Report on vaccination in Madras 1877-1894 - 1877-1894
Year: 1877
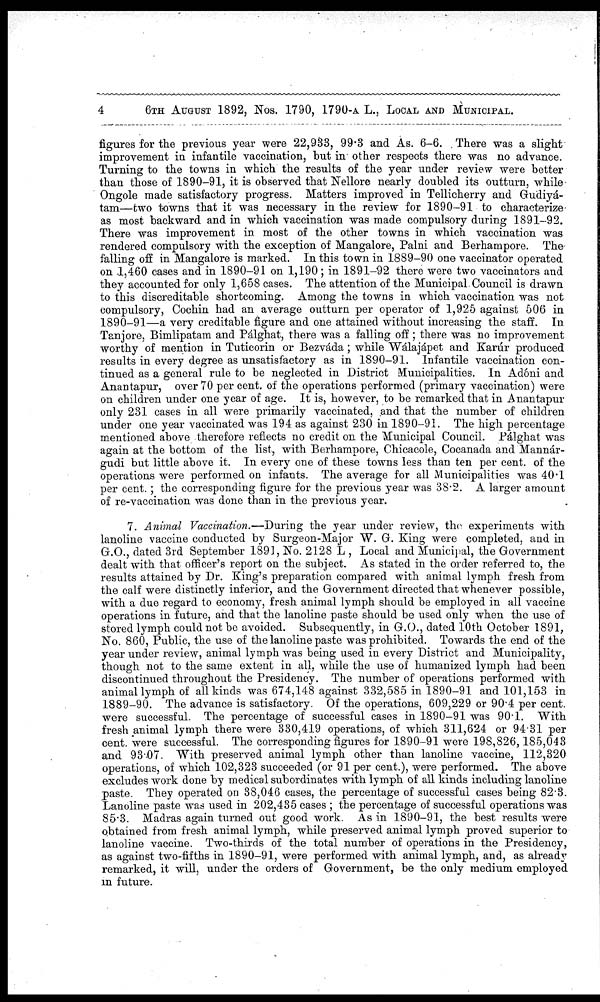
4
6TH AUGUST 1892, Nos. 1790, 1790-A L., LOCAL AND MUNICIPAL.
figures for the previous year were 22,933, 99.3 and As. 6-6. There was a slight
improvement in infantile vaccination, but in other respects there was no advance.
Turning to the towns in which the results of the year under review were better
than those of 1890-91, it is observed that Nellore nearly doubled its outturn, while
Ongole made satisfactory progress. Matters improved in Tellicherry and Gudiyá-
tam—two towns that it was necessary in the review for 1890-91 to characterize
as most backward and in which vaccination was made compulsory during 1891-92.
There was improvement in most of the other towns in which vaccination was
rendered compulsory with the exception of Mangalore, Palni and Berhampore. The
falling off in Mangalore is marked. In this town in 1889-90 one vaccinator operated
on 1,460 cases and in 1890-91 on 1,190; in 1891-92 there were two vaccinators and
they accounted for only 1,658 cases. The attention of the Municipal Council is drawn
to this discreditable shortcoming. Among the towns in which vaccination was not
compulsory, Cochin had an average outturn per operator of 1,925 against 506 in
1890-91—a very creditable figure and one attained without increasing the staff. In
Tanjore, Bimlipatam and Pálghat, there was a falling off ; there was no improvement
worthy of mention in Tuticorin or Bezváda; while Wálajápet and Kanúr produced
results in every degree as unsatisfactory as in 1890-91. Infantile vaccination con-
tinued as a general rule to be neglected in District Municipalities. In Adóni and
Anantapur, over 70 per cent. of the operations performed (primary vaccination) were
on children under one year of age. It is, however, to be remarked that in Anantapur
only 231 cases in all were primarily vaccinated, and that the number of children
under one year vaccinated was 194 as against 230 in 1890-91. The high percentage
mentioned above therefore reflects no credit on the Municipal Council. Pálghat was
again at the bottom of the list, with Berhampore, Chicacole, Cocanada and Mannár-
gudi but little above it. In every one of these towns less than ten per cent. of the
operations were performed on infants. The average for all Municipalities was 40.1
per cent.; the corresponding figure for the previous year was 38.2. A larger amount
of re-vaccination was done than in the previous year.
7. Animal Vaccination.—During the year under review, the experiments with
lanoline vaccine conducted by Surgeon-Major W. G. King were completed, and in
G.O., dated 3rd September 1891, No. 2128 L , Local and Municipal, the Government
dealt with that officer's report on the subject. As stated in the order referred to, the
results attained by Dr. King's preparation compared with animal lymph fresh from
the calf were distinctly inferior, and the Government directed that whenever possible,
with a due regard to economy, fresh animal lymph should be employed in all vaccine
operations in future, and that the lanoline paste should be used only when the use of
stored lymph could not be avoided. Subsequently, in G.O., dated 10th October 1891,
No. 860, Public, the use of the lanoline paste was prohibited. Towards the end of the
year under review, animal lymph was being used in every District and Municipality,
though not to the same extent in all, while the use of humanized lymph had been
discontinued throughout the Presidency. The number of operations performed with
animal lymph of all kinds was 674,148 against 332,585 in 1890-91 and 101,153 in
1889-90. The advance is satisfactory. Of the operations, 609,229 or 90.4 per cent.
were successful. The percentage of successful cases in 1890-91 was 90.1. With
fresh animal lymph there were 330,419 operations, of which 311,624 or 94.31 per
cent. were successful. The corresponding figures for 1890-91 were 198,826,185,043
and 93.07. With preserved animal lymph other than lanoline vaccine, 112,320
operations, of which 102,323 succeeded (or 91 per cent.), were performed. The above
excludes work done by medical subordinates with lymph of all kinds including lanoline
paste. They operated on 38,046 cases, the percentage of successful cases being 82.3.
Lanoline paste was used in 202,435 cases ; the percentage of successful operations was
85.3. Madras again turned out good work. As in 1890-91, the best results were
obtained from fresh animal lymph, while preserved animal lymph proved superior to
lanoline vaccine. Two-thirds of the total number of operations in the Presidency,
as against two-fifths in 1890-91, were performed with animal lymph, and, as already
remarked, it will, under the orders of Government, be the only medium employed
in future.